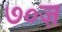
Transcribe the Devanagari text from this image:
७०ज़